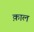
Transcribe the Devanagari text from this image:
क़ाल